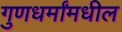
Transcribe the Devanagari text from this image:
गुणधर्मांमधील